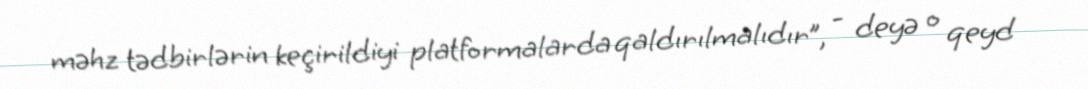
məhz tədbirlərin keçirildiyi platformalarda qaldırılmalıdır”, - deyə o qeyd